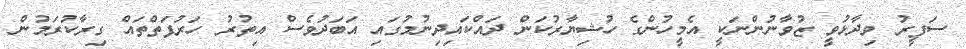
ސަފީރު ވިދާޅުވީ ޒުވާނުންނަކީ އެމީހުންގެ ހުޝިޔާރުކަން ދައްކައިދިނުމުގައި އަބަދުވެސް އިތުރު ހަރުފަތްތައް ގިރާކުރަމުން